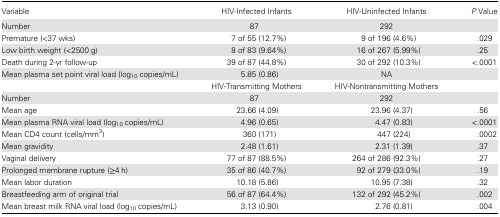
<table><thead><tr><td><b>Variable</b></td><td><b>HIV-Infected Infants</b></td><td><b>HIV-Uninfected Infants</b></td><td><b><i>P</i> Value</b></td></tr></thead><tbody><tr><td>Number</td><td>87</td><td>292</td><td></td></tr><tr><td>Premature (&lt;37 wks)</td><td>7 of 55 (12.7%)</td><td>9 of 196 (4.6%)</td><td>.029</td></tr><tr><td>Low birth weight (&lt;2500 g)</td><td>8 of 83 (9.64%)</td><td>16 of 267 (5.99%)</td><td>.25</td></tr><tr><td>Death during 2-yr follow-up</td><td>39 of 87 (44.8%)</td><td>30 of 292 (10.3%)</td><td>&lt;.0001</td></tr><tr><td>Mean plasma set point viral load (log<sub>10</sub> copies/mL)</td><td>5.85 (0.86)</td><td>NA</td><td></td></tr><tr><td></td><td>HIV-Transmitting Mothers</td><td>HIV-Nontransmitting Mothers</td><td></td></tr><tr><td>Number</td><td>87</td><td>292</td><td></td></tr><tr><td>Mean age</td><td>23.66 (4.09)</td><td>23.96 (4.37)</td><td>.56</td></tr><tr><td>Mean plasma RNA viral load (log<sub>10</sub> copies/mL)</td><td>4.96 (0.65)</td><td>4.47 (0.83)</td><td>&lt;.0001</td></tr><tr><td>Mean CD4 count (cells/mm<sup>3</sup>)</td><td>360 (171)</td><td>447 (224)</td><td>.0002</td></tr><tr><td>Mean gravidity</td><td>2.48 (1.61)</td><td>2.31 (1.39)</td><td>.37</td></tr><tr><td>Vaginal delivery</td><td>77 of 87 (88.5%)</td><td>264 of 286 (92.3%)</td><td>.27</td></tr><tr><td>Prolonged membrane rupture (≥4 h)</td><td>35 of 86 (40.7%)</td><td>92 of 279 (33.0%)</td><td>.19</td></tr><tr><td>Mean labor duration</td><td>10.18 (5.86)</td><td>10.95 (7.38)</td><td>.32</td></tr><tr><td>Breastfeeding arm of original trial</td><td>56 of 87 (64.4%)</td><td>132 of 292 (45.2%)</td><td>.002</td></tr><tr><td>Mean breast milk RNA viral load (log<sub>10</sub> copies/mL)</td><td>3.13 (0.90)</td><td>2.76 (0.81)</td><td>.004</td></tr></tbody></table>